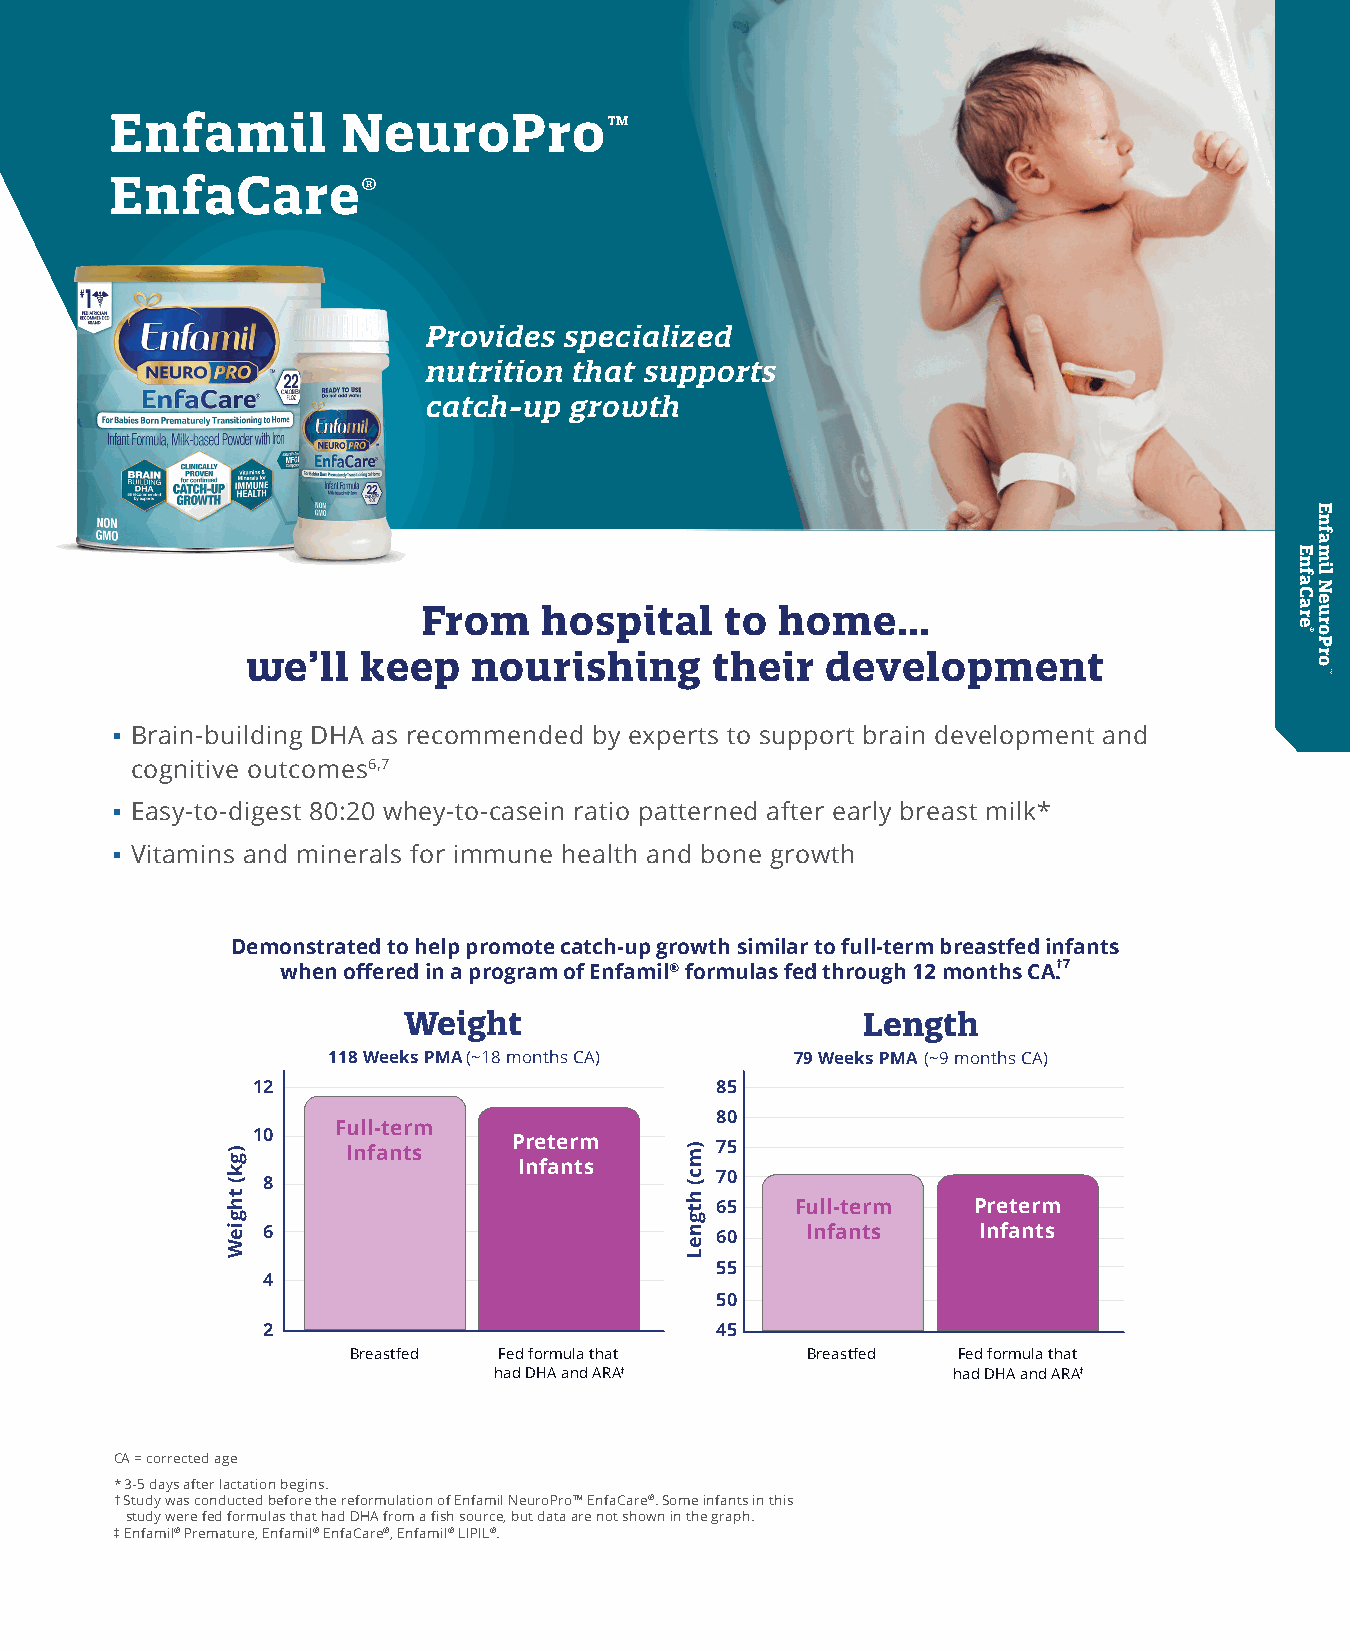
Enfamil         NeuroPro™
 EnfaCare®
 Provides specialized
 nutrition that supports
 catch-up  growth
 From    hospital    to  home…
 we’ll   keep   nourishing      their   development
 • Brain-building DHA as recommended by experts to support brain development and
 cognitive outcomes6,7
 • Easy-to-digest 80:20 whey-to-casein ratio patterned after early breast milk*
 • Vitamins and minerals for immune health and bone growth
 Demonstrated to help promote catch-up growth similar to full-term breastfed infants
 when offered in a program of Enfamil® formulas fed through 12 months CA.† 7
 Weight                        Length
 118 Weeks PMA (~18 months CA)  79 Weeks PMA (~9 months CA)
 12                            85
 80
 Full-term
 10    Infants    Preterm      75
 Infants
 8                             70
 65    Full-term  Preterm
 6                             60    Infants     Infants
 55
 4
 50
 2                             45
 Breastfed Fed formula that    Breastfed Fed formula that
 had DHA and ARA‡              had DHA and ARA‡
 CA = corrected age
 * 3-5 days after lactation begins.
 † Study was conducted before the reformulation of Enfamil NeuroPro™ EnfaCare®. Some infants in this
 study were fed formulas that had DHA from a fish source, but data are not shown in the graph.
 ‡ Enfamil® Premature, Enfamil® EnfaCare®, Enfamil® LIPIL®.
 )gk(
 thgieW
 )mc(
 htgneL
 EnfaCare
 ®
 Enfamil
 NeuroPro
 ™